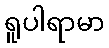
ရူပါရာမာ